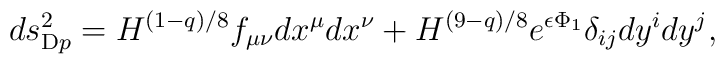
ds_{{\rm D}p}^2 =H^{(1-q)/8}f_{\mu\nu}dx^{\mu}dx^{\nu}+H^{(9-q)/8} e^{\epsilon \Phi_1}\delta_{ij}dy^idy^j  ,